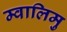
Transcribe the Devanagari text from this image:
म्वालिमु